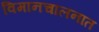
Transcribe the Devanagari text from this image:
विमानचालनात